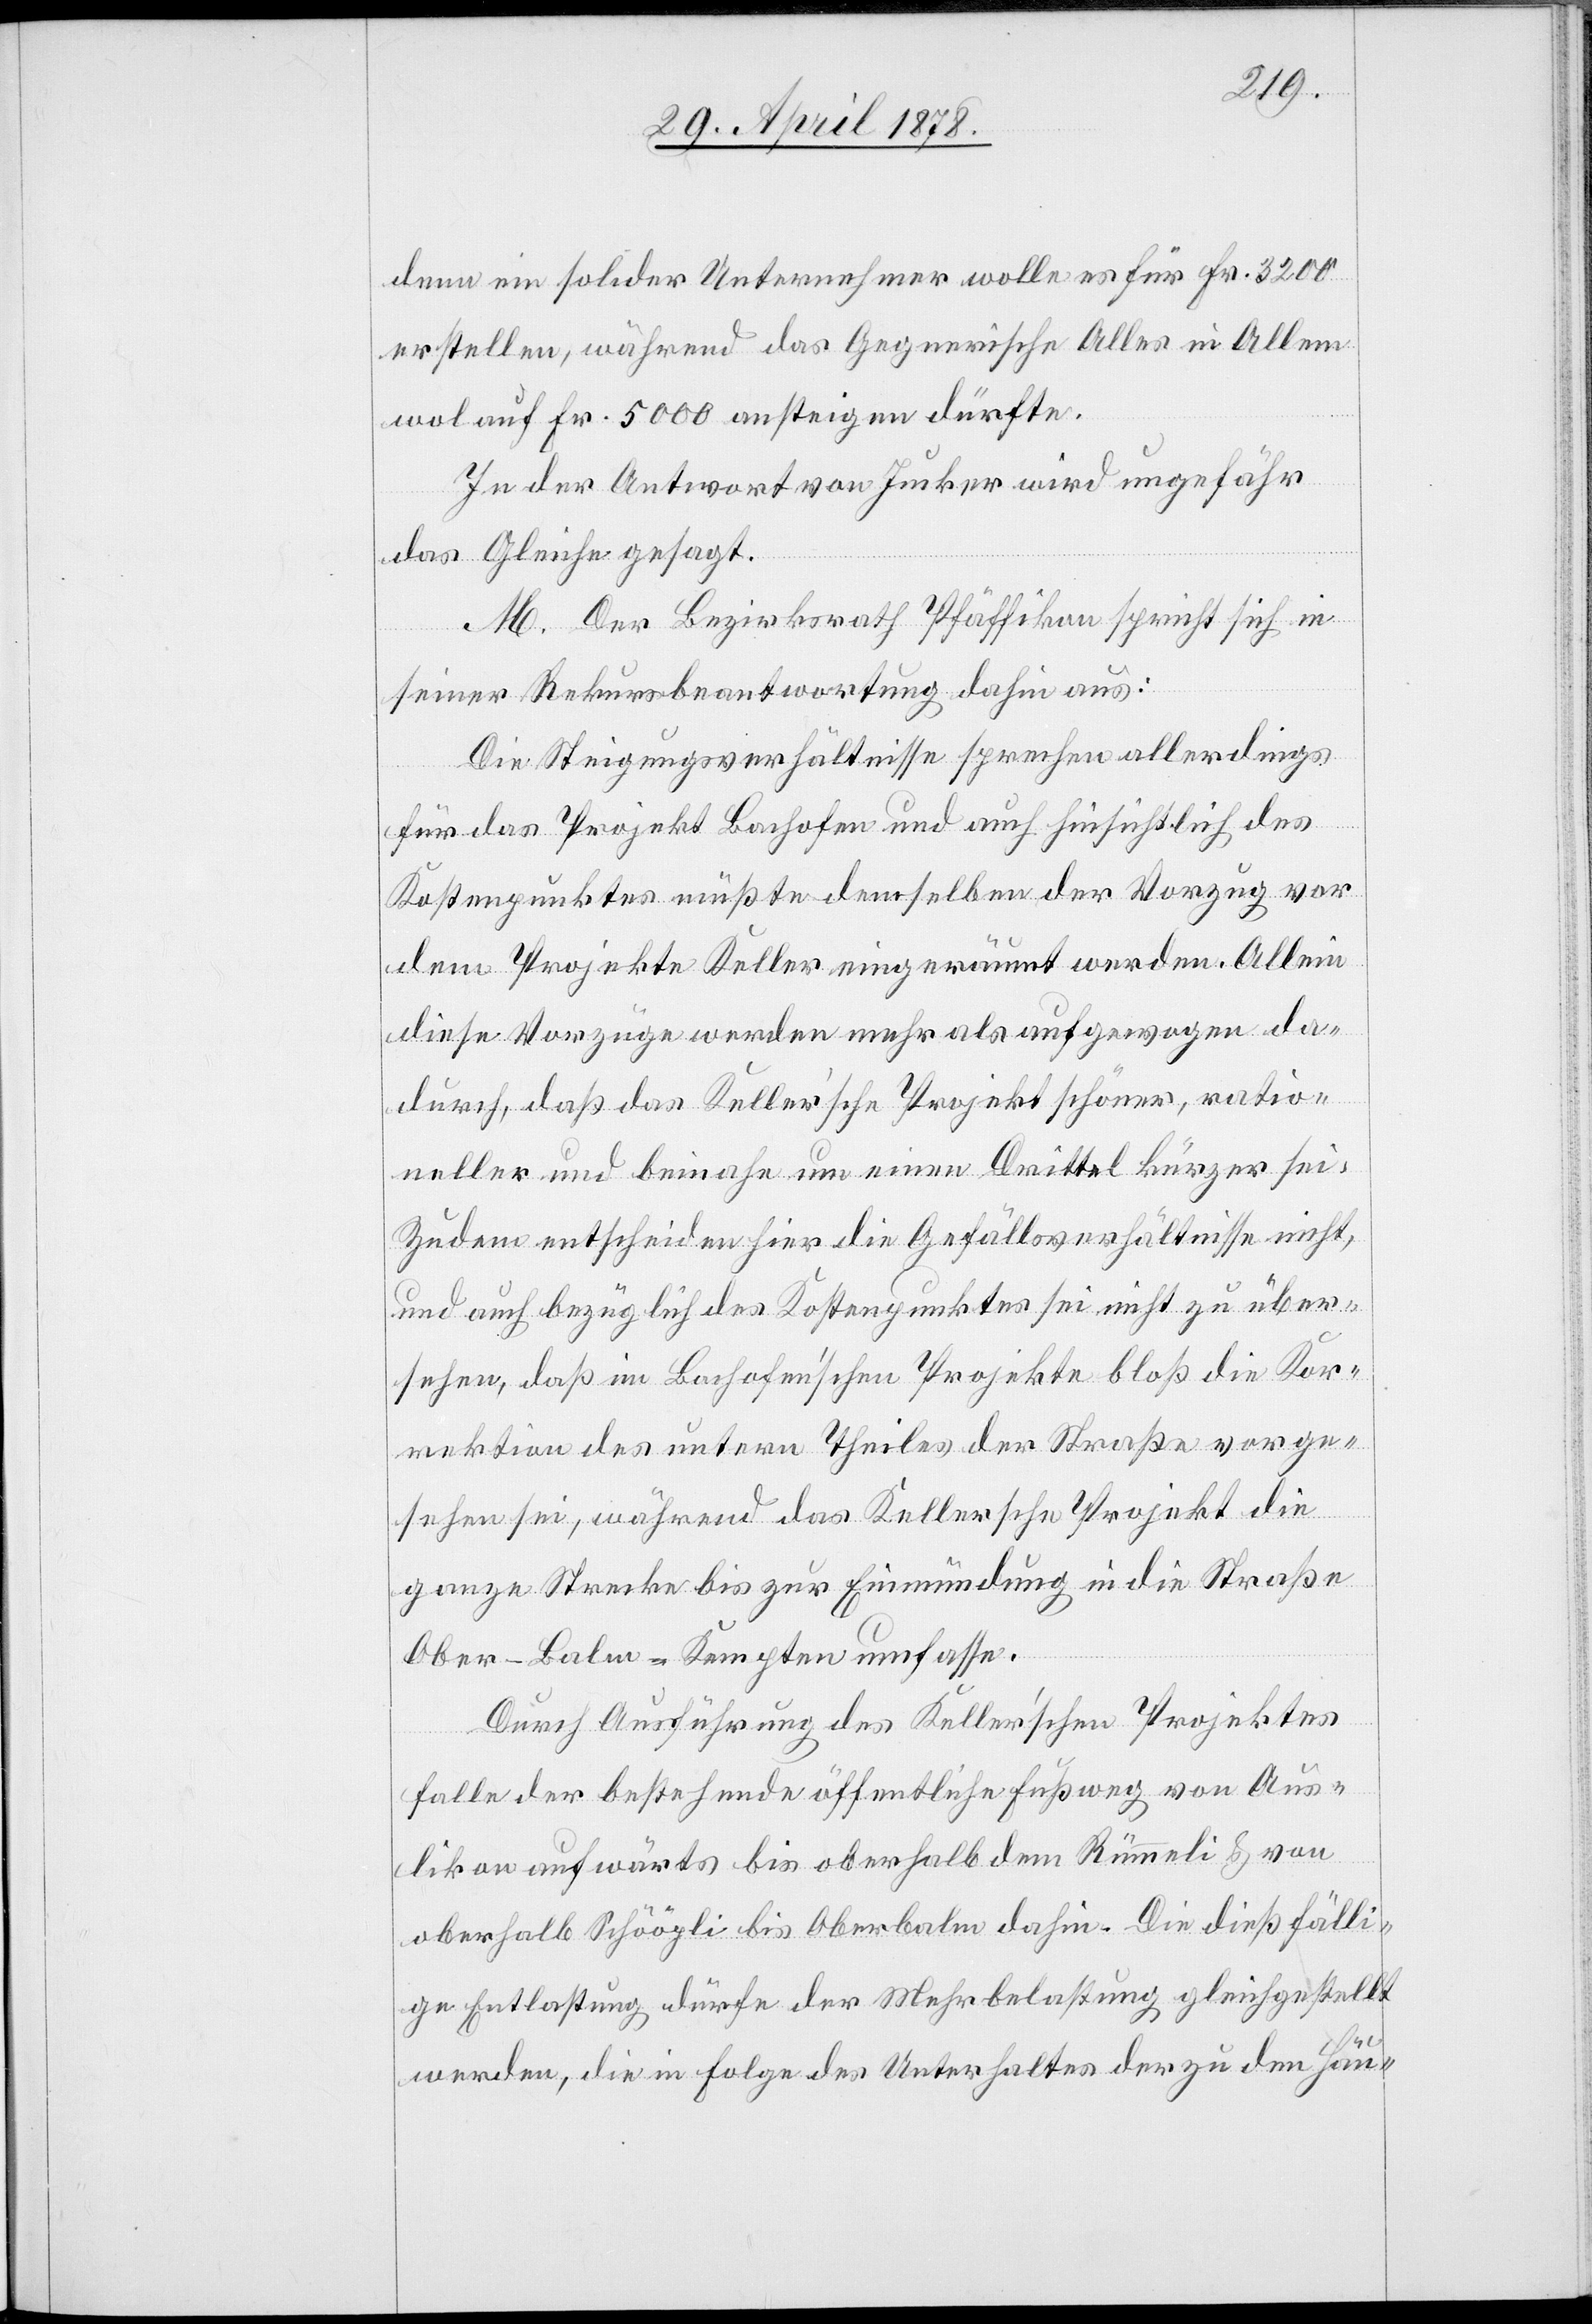
denn ein solcher Unternehmer wolle es für Fr. 3200
erstellen, während das Gegnerische Alles in Allem
wol auf Fr. 5000 ansteigen dürfte.
In der Antwort von Jucker wird ungefähr
das gleiche gesagt.
M. Der Bezirksrath Pfäffikon spricht sich in
seiner Rekursbeantwortung dahin aus:
Die Steigungsverhältnisse sprechen allerdings
für das Projekt Bachofen und auch hinsichtlich des
Kostenpunktes müßte demselben der Vorzug vor
dem Projekte Keller eingeräumt werden. Allein
diese Vorzüge werden mehr als aufgewogen da¬
durch, daß das Keller’sche Projekt schöner, ratio¬
neller und beinahe um einen Drittel kürzer sei.
Zudem entscheiden hier die Gefällsverhältnisse nicht,
und auch bezüglich des Kostenpunktes sei nicht zu über¬
sehen, daß im Bachofen’schen Projekte bloß die Kor¬
rektion des untern Theiles der Straße vorge¬
sehen sei, während das Kellersche Projekt die
ganze Strecke bis zur Einmündung in die Straße
Ober-Balm–Kempten umfasse.
Durch Ausführung des Keller’schen Projektes
falle der bestehende öffentliche Fußweg von Aus¬
likon aufwärts bis oberhalb dem Rümmeli & von
oberhalb Schööpli bis Oberbalm dahin. Die dießfälli¬
ge Entlastung dürfe der Mehrbelastung gleichgestellt
werden, die in Folge des Unterhaltes der zu den Häu-